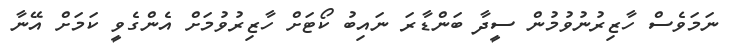
ނަމަވެސް ހާޒިރުނުވުމުން ސީދާ ބަންޑާރަ ނައިބު ކޯޓަށް ހާޒިރުވުމަށް އެންގެވީ ކަމަށް އޭނާ